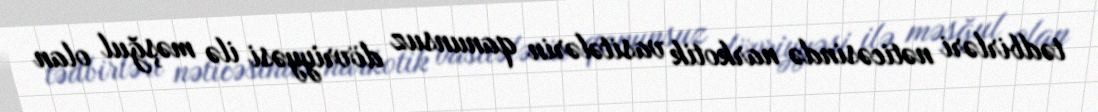
tədbirləri nəticəsində narkotik vasitələrin qanunsuz dövriyyəsi ilə məşğul olan